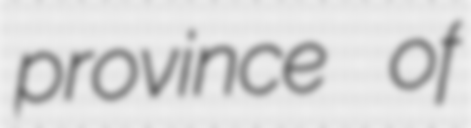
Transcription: province of